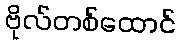
ဗိုလ်တစ်ထောင်